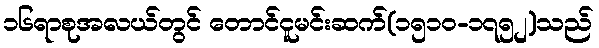
၁၆ရာစုအလယ်တွင် တောင်ငူမင်းဆက်(၁၅၁၀-၁၇၅၂)သည်